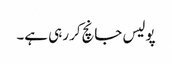
پولیس جانچ‌کر رہی ہے۔